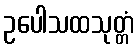
ဥပေါသထသုတ္တံ